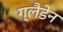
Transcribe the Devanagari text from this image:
ग्लैडेन